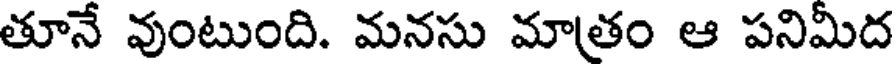
తూనే వుంటుంది. మనసు మాతం ఆ పనిమీద